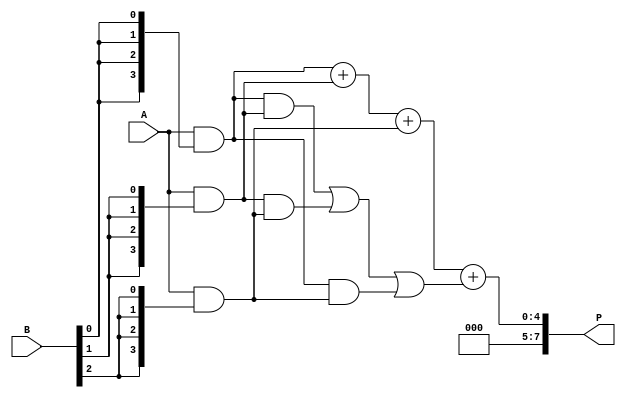
module unfolded_wallace_tree_multiplier #(
    parameter N = 4 // Size of the input operands
)(
    input [N-1:0] A, // First input operand
    input [N-1:0] B, // Second input operand
    output reg [2*N-1:0] P // Product output
);

    // Temporary wires for partial products
    wire [N-1:0] pp [0:N-1]; // Partial products storage (N partial products)

    // Generate N partial products
    genvar i;
    generate
        for (i = 0; i < N; i = i + 1) begin: gen_partial_products
            assign pp[i] = A & {N{B[i]}}; // ANDing A with each bit of B
        end
    endgenerate

    // Reduce partial products using Wallace Tree structure
    wire [N-1:0] sum1 [0:(N/3)-1];
    wire [N-1:0] sum2 [0:(N/3)-1];
    wire [N-1:0] carry1 [0:(N/3)-1];
    
    // Intermediate variables to hold sums and carries
    wire [N-1:0] temp_sum[0:2];
    wire [N-1:0] temp_carry[0:2];

    integer j;
    // First stage of reduction
    always @(*) begin
        // Initialize the sums and carries
        for (j=0; j < (N/3) ; j=j+1) begin
            sum1[j] = 0;
            carry1[j] = 0; 
        end

        for (j = 0; j < N; j = j + 1) begin
            if (j < (N/3)) begin
                sum1[j] = pp[3*j] + pp[3*j+1] + pp[3*j+2];
                carry1[j] = (pp[3*j] & pp[3*j+1]) | (pp[3*j+1] & pp[3*j+2]) | (pp[3*j] & pp[3*j+2]);
            end
        end
        
        // Combine the sums and carries for next stage
        temp_sum[0] = sum1[0];
        temp_carry[0] = carry1[0];

        if (N > 3) begin
            for (j=1; j < (N/3); j=j+1) begin
                temp_sum[1] = temp_sum[0] + sum1[j];
                temp_carry[1] = temp_carry[0] + carry1[j];
                temp_sum[0] = temp_sum[1];
                temp_carry[0] = temp_carry[1];
            end
        end
    end

    // Final addition stage
    always @(*) begin
        // Add the last results
        P = temp_sum[0] + temp_carry[0];
    end

endmodule